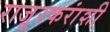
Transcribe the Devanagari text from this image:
राजूरकरांशी